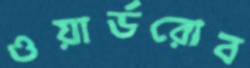
ওয়ার্ডরোব